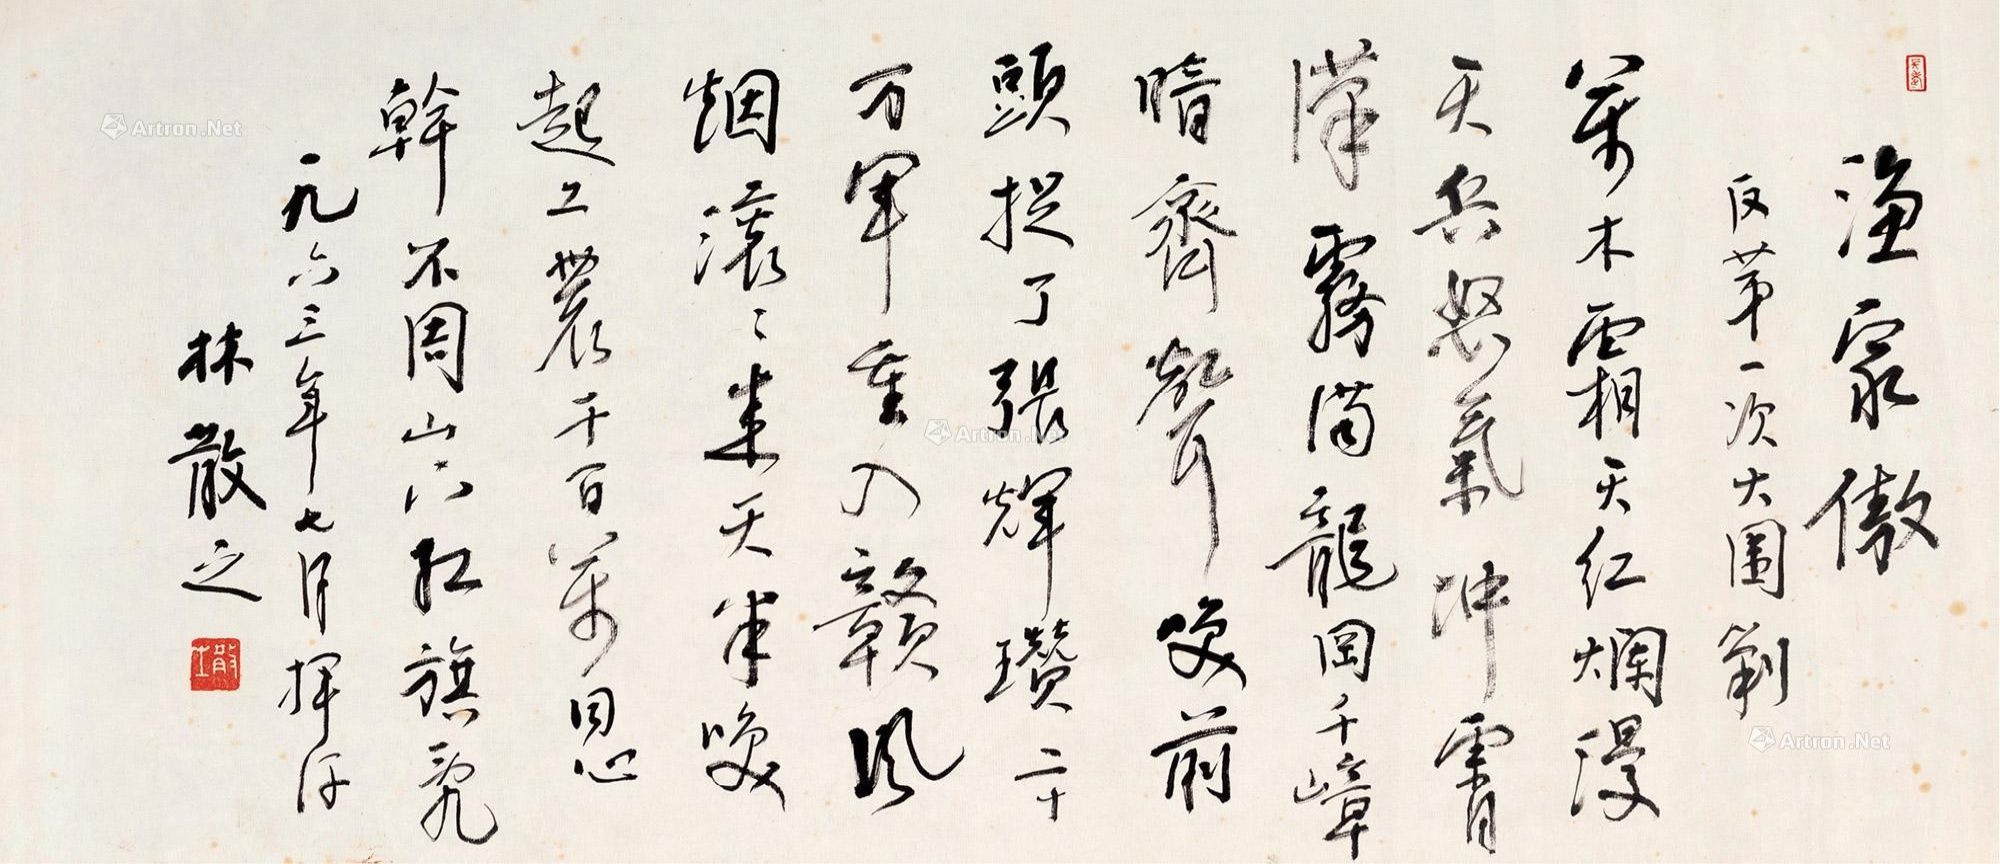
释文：渔家傲。反第一次大围剿。万木霜天红烂漫，天兵怒气冲霄汉。雾满龙冈千嶂暗，齐声唤，前头捉住了张辉瓒。二十万军重入赣，风烟滚滚来天半。唤起工农千百万，同心干，不周山下红旗乱。一九六三年七月挥汗，林散之。